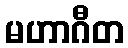
မဟာဂီတ